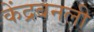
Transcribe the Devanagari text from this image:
केंद्रबनली